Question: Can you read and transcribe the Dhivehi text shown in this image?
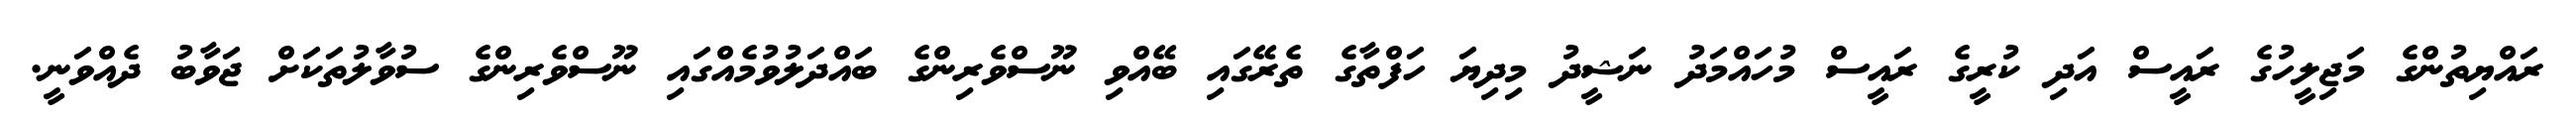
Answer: ރައްޔިތުންގެ މަޖިލީހުގެ ރައީސް އަދި ކުރީގެ ރައީސް މުހައްމަދު ނަޝީދު މިދިޔަ ހަފްތާގެ ތެރޭގައި ބޭއްވި ނޫސްވެރިންގެ ބައްދަލުވުމެއްގައި ނޫސްވެރިންގެ ސުވާލުތަކަށް ޖަވާބު ދެއްވަނީ.